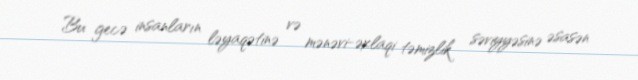
Bu gecə insanların ləyaqətinə və mənəvi-əxlaqi təmizlik səviyyəsinə əsasən